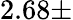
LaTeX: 2.68\pm